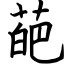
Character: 葩